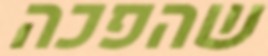
שהפכה